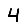
Digit: 4